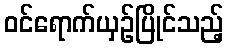
ဝင်ရောက်ယှဉ်ပြိုင်သည့်